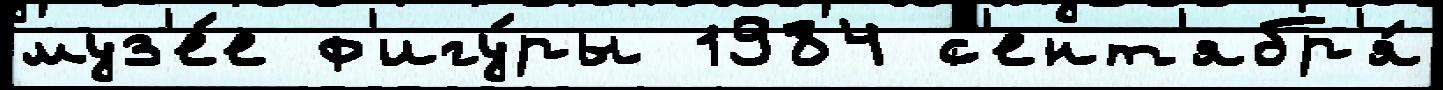
муз'е́е ф'игу́ры 1984 с'ент'ябр'я́